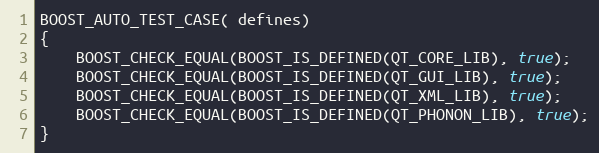
Language: C++
BOOST_AUTO_TEST_CASE( defines)
{
    BOOST_CHECK_EQUAL(BOOST_IS_DEFINED(QT_CORE_LIB), true);
    BOOST_CHECK_EQUAL(BOOST_IS_DEFINED(QT_GUI_LIB), true);
    BOOST_CHECK_EQUAL(BOOST_IS_DEFINED(QT_XML_LIB), true);
    BOOST_CHECK_EQUAL(BOOST_IS_DEFINED(QT_PHONON_LIB), true);
}